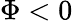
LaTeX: \Phi<0